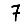
Digit: 7